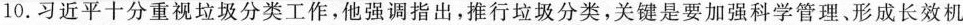
10.习近平十分重视垃圾分类工作，他强调指出，推行垃圾分类，关键是要加强科学管理、形成长效机